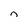
Character: n